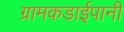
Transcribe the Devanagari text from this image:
ग्रामकडाईपानी